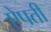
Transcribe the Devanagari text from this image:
ऐपती